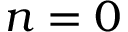
n = 0